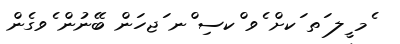
ެމ ީލ ަތ ަކށް ެވ ްކސި ްނ ަޖހަން ބޭނުން ެވގެން